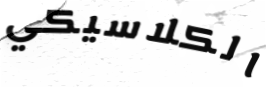
الكلاسيكي